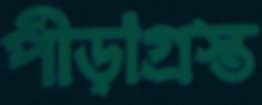
পীড়াগ্রস্ত